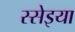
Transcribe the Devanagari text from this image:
स्सेइया